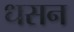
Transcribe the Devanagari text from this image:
धसन